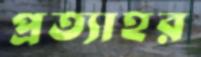
প্রত্যাহর